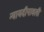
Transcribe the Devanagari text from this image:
न्यायदीपावली